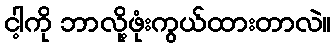
ငါ့ကို ဘာလို့ဖုံးကွယ်ထားတာလဲ။